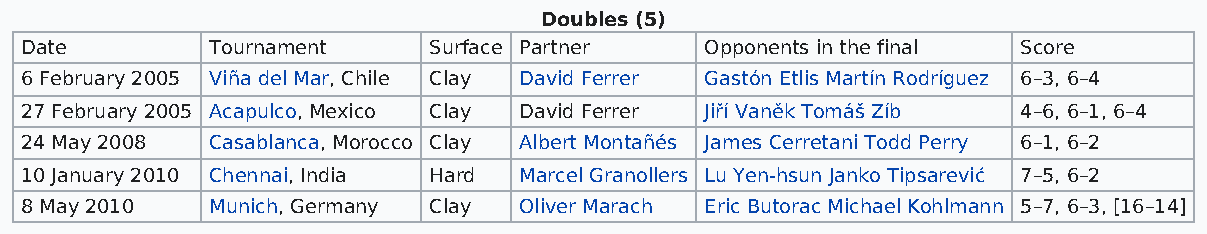
Doubles (5)
 Date         Tournament    Surface Partner    Opponents in the final Score
 6 February 2005 Viña del Mar, Chile Clay David Ferrer Gastón Etlis Martín Rodríguez 6–3, 6–4
 27 February 2005 Acapulco, Mexico Clay David Ferrer Jiří Vaněk Tomáš Zíb 4–6, 6–1, 6–4
 24 May 2008  Casablanca, Morocco Clay Albert Montañés James Cerretani Todd Perry 6–1, 6–2
 10 January 2010 Chennai, India Hard Marcel Granollers Lu Yen-hsun Janko Tipsarević 7–5, 6–2
 8 May 2010   Munich, Germany Clay Oliver Marach Eric Butorac Michael Kohlmann 5–7, 6–3, [16–14]